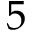
5